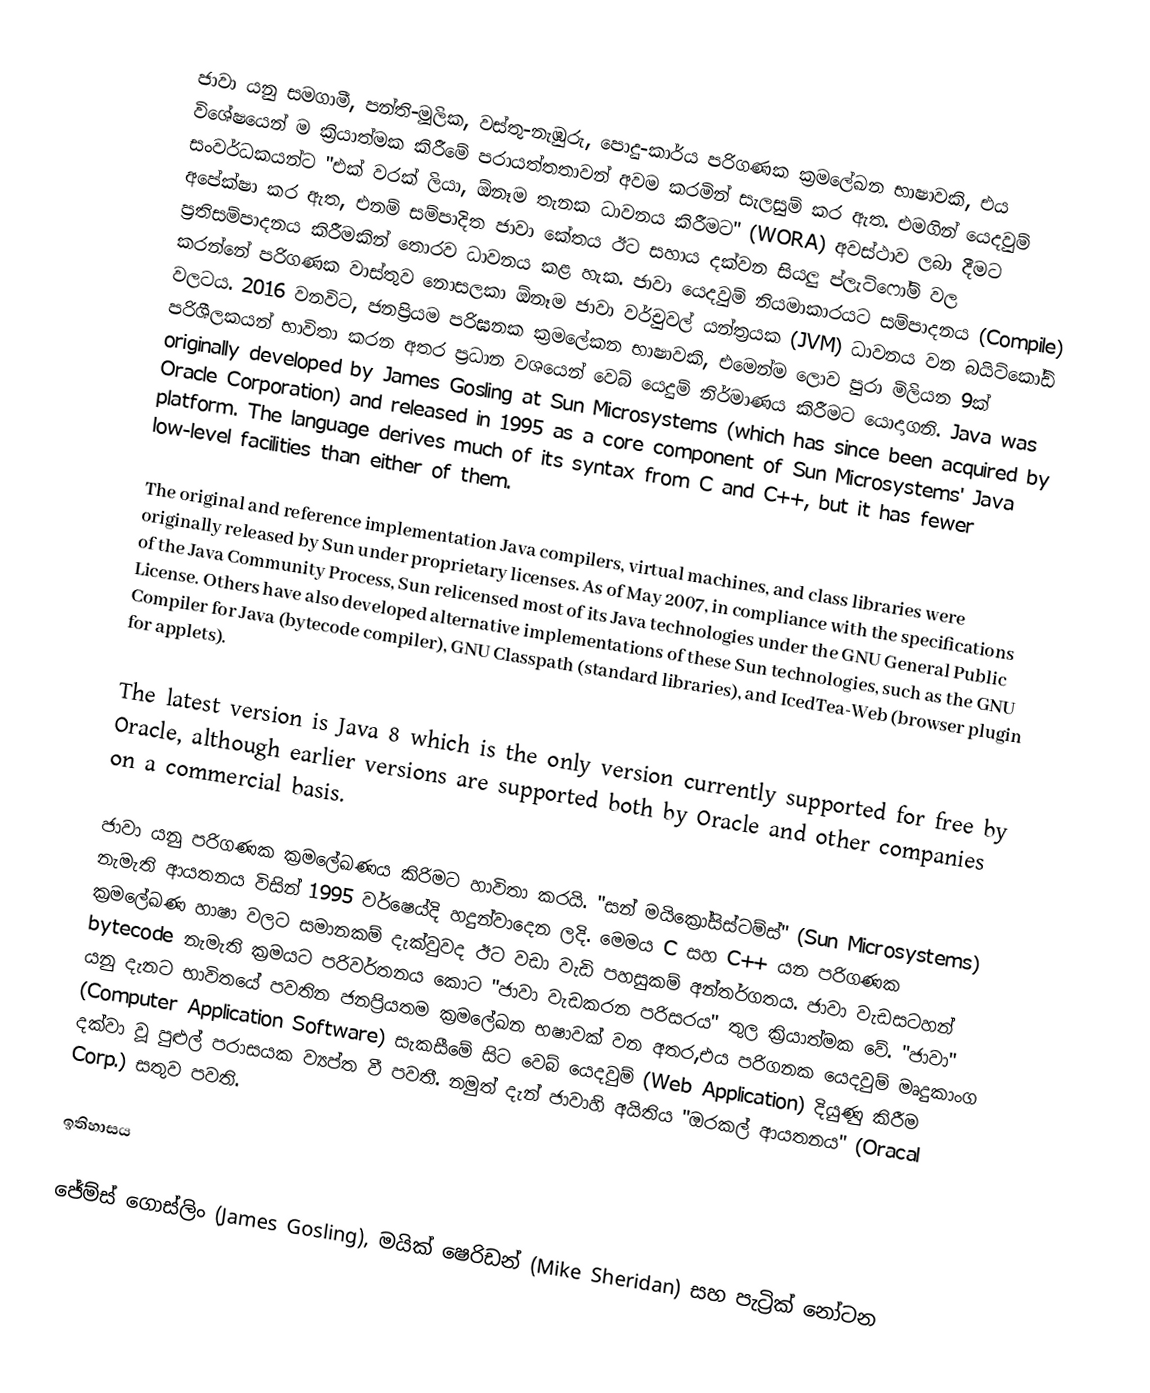
ජාවා යනු සමගාමී, පන්ති-මූලික, වස්තු-නැඹුරු,  පොදු-කාර්ය පරිගණක ක්‍රමලේඛන භාෂාවකි, එය විශේෂයෙන් ම ක්‍රියාත්මක කිරීමේ පරායත්තතාවන් අවම කරමින් සැලසුම් කර ඇත. එමගින් යෙදවුම් සංවර්ධකයන්ට "එක් වරක් ලියා, ඕනෑම තැනක ධාවනය කිරීමට" (WORA) අවස්ථාව ලබා දීමට අපේක්ෂා කර ඇත, එනම් සම්පාදිත ජාවා කේතය ඊට සහාය දක්වන සියලු ප්ලැට්ෆෝම් වල ප්‍රතිසම්පාදනය කිරීමකින් තොරව ධාවනය කළ හැක. ජාවා යෙදවුම් නියමාකාරයට සම්පාදනය (Compile) කරන්නේ පරිගණක වාස්තුව නොසලකා ඕනෑම ජාවා වර්චුවල් යන්ත්‍රයක (JVM) ධාවනය වන බයිට්කෝඩ් වලටය. 2016 වනවිට, ජනප්‍රියම පරිඝනක ක්‍රමලේකන භාෂාවකි, එමෙන්ම ලොව පුරා මිලියන 9ක් පරිශීලකයන් භාවිතා කරන අතර ප්‍රධාන වශයෙන් වෙබ් යෙදුම් නිර්මාණය කිරීමට යොදාගනි. Java was originally developed by James Gosling at Sun Microsystems (which has since been acquired by Oracle Corporation) and released in 1995 as a core component of Sun Microsystems' Java platform. The language derives much of its syntax from C and C++, but it has fewer low-level facilities than either of them.

The original and reference implementation Java compilers, virtual machines, and class libraries were originally released by Sun under proprietary licenses. As of May 2007, in compliance with the specifications of the Java Community Process, Sun relicensed most of its Java technologies under the GNU General Public License. Others have also developed alternative implementations of these Sun technologies, such as the GNU Compiler for Java (bytecode compiler), GNU Classpath (standard libraries), and IcedTea-Web (browser plugin for applets).

The latest version is Java 8 which is the only version currently supported for free by Oracle, although earlier versions are supported both by Oracle and other companies on a commercial basis.

ජාවා යනු පරිගණක ක්‍රමලේඛණය කිරිමට හාවිතා කරයි. "සන් මයික්‍රෝසිස්ටම්ස්" (Sun Microsystems) නැමැති ආයතනය විසින් 1995 වර්ෂෙය්දි හදුන්වාදෙන ලදි. මෙමය C සහ C++ යන පරිගණක ක්‍රමලේඛණ හාෂා වලට සමානකම් දැක්වුවද ඊට වඩා වැඩි පහසුකම් අන්තර්ගතය. ජාවා වැඩසටහන් bytecode නැමැති ක්‍රමයට පරිවර්තනය කොට "ජාවා වැඩකරන පරිසරය" තුල ක්‍රියාත්මක වේ. "ජාවා" යනු දැනට භාවිතයේ පවතින ජනප්‍රියතම ක්‍රමලේඛන භෂාවක් වන අතර,එය පරිගනක යෙදවුම් මෘදුකාංග (Computer Application Software) සැකසීමේ සිට වෙබ් යෙදවුම් (Web Application) දියුණු කිරීම දක්වා වූ පුළුල් පරාසයක ව්‍යප්ත වී පවතී. නමුත් දැන් ජාවාහි අයිතිය "ඔරකල් ආයතනය" (Oracal Corp.) සතුව පවති.

ඉතිහාසය

ජේම්ස් ගොස්ලිං (James Gosling), මයික් ෂෙරිඩන් (Mike Sheridan) සහ පැට්‍රික් නෝටන